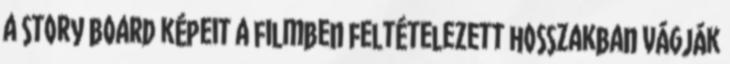
a story board képeit a filmben feltételezett hosszakban vágják